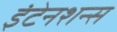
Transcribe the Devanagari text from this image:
इंटेनशन्स